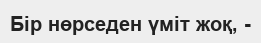
Бір нөрседен үміт жоқ, -